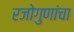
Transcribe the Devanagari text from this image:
रजोगुणांचा